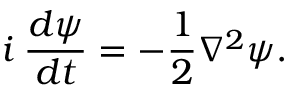
i \: \frac { d \psi } { d t } = - \frac { 1 } { 2 } \nabla ^ { 2 } \psi .